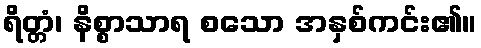
ရိတ္တံ၊ နိစ္စာသာရ စသော အနှစ်ကင်း၏။